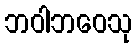
ဘဝါဘဝေသု